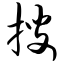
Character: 搜